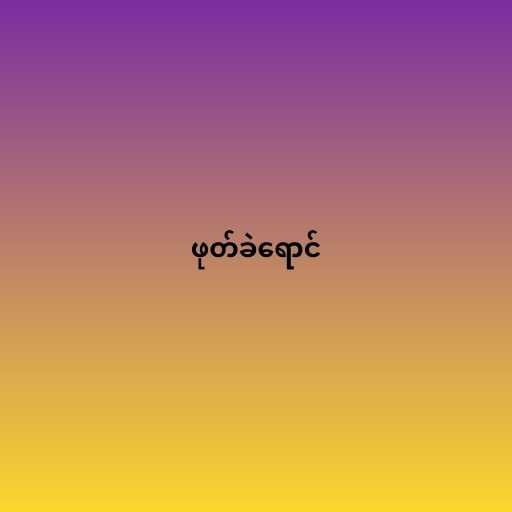
ဖုတ်ခဲရောင်